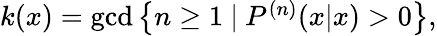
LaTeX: \begin{array}{r}{k(x)=\mathrm{gcd}\left\{ n\geq 1~|~P^{(n)}(x|x)>0\right\} ,}\end{array}